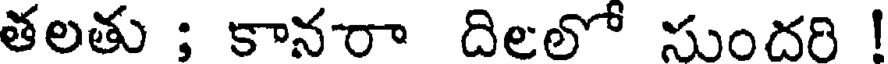
తలతు ; కానరా దిలలో సుందరి !